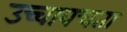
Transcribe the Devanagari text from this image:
उच्चावचता